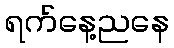
ရက်နေ့ညနေ